Note on the mental hospitals in Burma - 1925-1940
Year: 1925
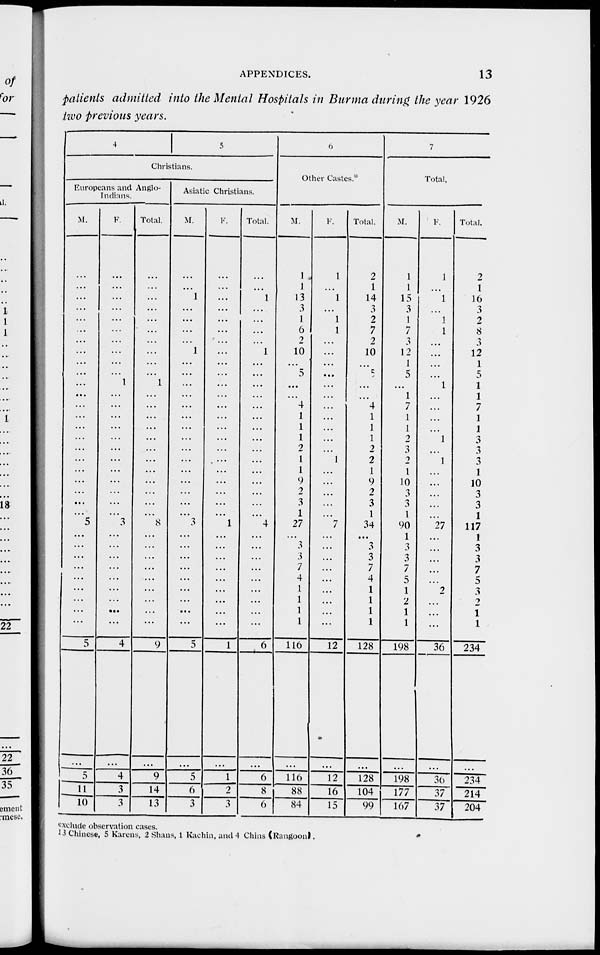
APPENDICES.
13
patients admitted into the Mental Hospitals in Burma during the year 1926
two previous years.
4
5
Christians.
Europeans and Anglo-
Indians.
M.
...
...
...
...
...
...
...
...
...
...
...
...
...
...
...
...
...
...
...
...
...
...
...
5
...
...
...
...
...
...
...
...
...
5
...
...
5
11
10
F.
...
...
...
...
...
...
...
...
...
...
1
...
...
...
...
...
...
...
...
...
...
...
...
3
...
...
...
...
...
...
...
...
...
4
...
...
4
3
3
Total.
...
...
...
...
...
...
...
...
...
...
1
...
...
...
...
...
...
...
...
...
...
...
...
8
...
...
...
...
...
...
...
...
...
9
...
...
9
14
13
Asiatic Christians.
M.
...
...
1
...
...
...
...
1
...
...
...
...
...
...
...
...
...
...
...
...
...
...
...
3
...
...
...
...
...
...
...
...
...
5
...
...
5
6
3
F.
...
...
...
...
...
...
...
...
...
...
...
...
...
...
...
...
...
...
...
...
...
...
...
1
...
...
...
...
...
...
...
...
...
1
...
...
1
2
3
Total.
...
...
1
...
...
...
...
1
...
...
...
...
...
...
...
...
...
...
...
...
...
...
...
4
...
...
...
...
...
...
...
...
...
6
...
...
6
8
6
6
Other Castes.
M.
1
1
13
3
1
6
2
10
...
5
...
...
4
1
1
1
2
1
1
9
2
3
1
27
...
3
3
7
4
1
1
1
1
116
...
...
116
88
84
F.
1
...
1
...
1
1
...
...
...
...
...
...
...
...
...
...
...
1
...
...
...
...
...
7
...
...
...
...
...
...
...
...
...
12
...
...
12
16
15
Total.
2
1
14 3
2
7
2
10
...
5
...
...
4
1
1
1
2
2
1
9
2
3
1
34
...
3
3
7
4
1
1
1
1
128
...
...
128
104
99
7
Total.
M.
1
1
15
3
1
7
3
12
1
5
...
1
7
1
1
2
3
2
1
10
3
3
1
90
1
3
3
7
5
1
2
1
1
198
...
...
198
177
167
F.
1
...
1
...
1
1
...
...
...
...
1
...
...
...
...
1
...
1
...
...
...
...
...
27
...
...
...
...
...
2
...
...
...
36
...
...
36
37
37
Total.
2
1
16
3
2
8
3
12
1
5
1
1
7
1
1
3
3
3
1
10
3
3
1
117
1
3
3
7
5
3
2
1
1
234
...
...
234
214
204
exclude observation cases.
13 Chinese, 5 Karens, 2 Shans, 1 Kachin, and 4 Chins (Rangoon).